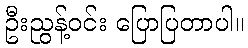
ဦးညွန့်ဝင်း ပြောပြတာပါ။